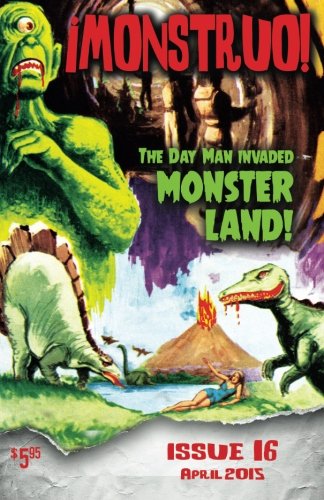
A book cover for Monster! #16; Tim Paxton; Humor & Entertainment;